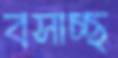
বসাচ্ছ